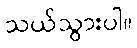
သယ်သွားပါ။